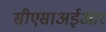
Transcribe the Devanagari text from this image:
सीएसाअईआर